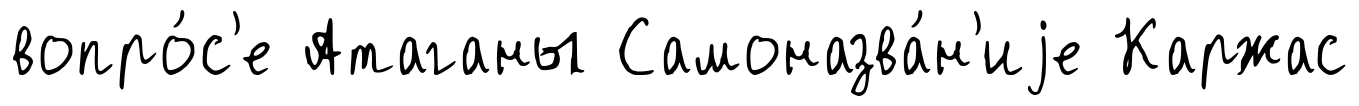
вопро́с'е Атаганы Самоназва́н'иjе Каржас